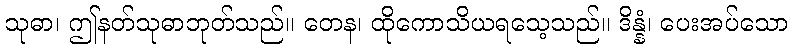
သုဓာ၊ ဤနတ်သုဓာဘုတ်သည်။ တေန၊ ထိုကောသိယရသေ့သည်။ ဒိန္နံ၊ ပေးအပ်သော